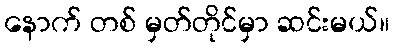
နောက် တစ် မှတ်တိုင်မှာ ဆင်းမယ်။